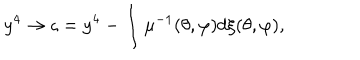
y ^ { 4 } \rightarrow \varsigma = y ^ { 4 } - \int \mu ^ { - 1 } ( \theta , \varphi ) d \xi ( \theta , \varphi ) ,